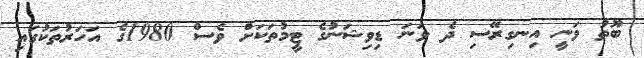
ބޫތު ވަނީ އިނގިރޭސި ދެ ވަނަ ޑިވިޝަނުގެ ޓީމުތަކަށް ވެސް 1980ގެ އަހަރުތަކުގައި